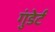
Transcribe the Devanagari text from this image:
गुंडेर्ट